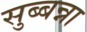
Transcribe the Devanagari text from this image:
सुब्बन्ना